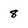
Character: 8